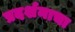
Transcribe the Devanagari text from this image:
प्रदर्शनाचा